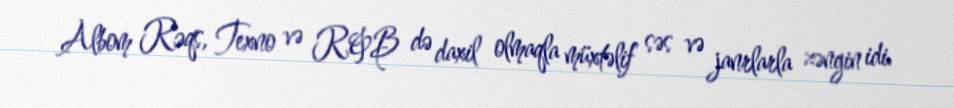
Albom Rəqs, Texno və R&B də daxil olmaqla müxtəlif səs və janrlarla zəngin idi.